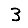
Digit: 3